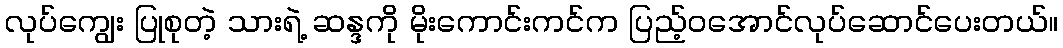
လုပ်ကျွေး ပြုစုတဲ့ သားရဲ့ ဆန္ဒကို မိုးကောင်းကင်က ပြည့်ဝအောင်လုပ်ဆောင်ပေးတယ်။